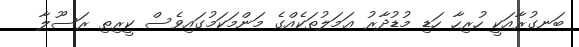
ބަނގުރާއަކީ ހުރިހާ ހަޑި މުޑުދާރު ޢަމަލުތަކެއްގެ މަންމަކަމުގައިވެސް ކީރިތި ރަސޫލާ